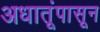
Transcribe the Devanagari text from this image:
अधातूंपासून